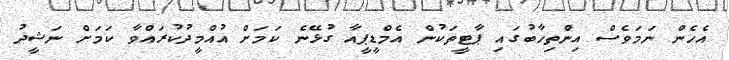
އެހެން ނަމަވެސް އިންތިހާބުގައި ޕާޓީތަކުން އެމްޑީޕީއާ ގުޅޭނެ ކަމަށް އުއްމީދުކުރައްވާ ކަމަށް ނަޝީދު